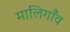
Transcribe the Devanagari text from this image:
मालिगाँव